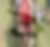
ক্র